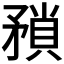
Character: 𭿻